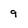
Character: 9